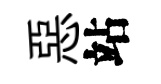
惡站